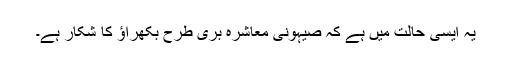
یہ ایسی حالت میں ہے کہ صیہونی معاشرہ بری طرح بکھراؤ کا شکار ہے۔